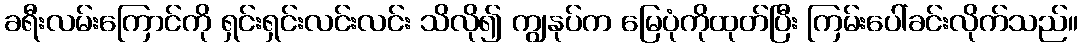
ခရီးလမ်းကြောင်ကို ရှင်းရှင်းလင်းလင်း သိလို၍ ကျွနုပ်က မြေပုံကိုထုတ်ပြီး ကြမ်းပေါ်ခင်းလိုက်သည်။